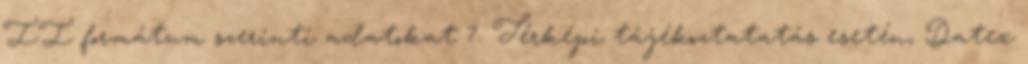
II formátum szerinti adatokat 7. Térképi tájékoztatatás esetén, Datex